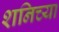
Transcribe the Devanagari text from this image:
शनिच्या